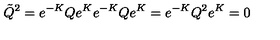
\tilde { Q } ^ { 2 } = e ^ { - K } Q e ^ { K } e ^ { - K } Q e ^ { K } = e ^ { - K } Q ^ { 2 } e ^ { K } = 0 \